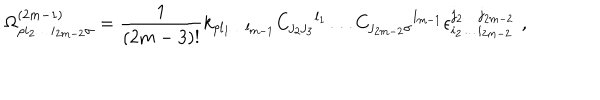
LaTeX: \Omega _ { \rho i _ { 2 } \ldots i _ { 2 m - 2 } \sigma } ^ { ( 2 m - 1 ) } = { \frac { 1 } { ( 2 m - 3 ) ! } } k _ { \rho l _ { 1 } \ldots l _ { m - 1 } } { C _ { j _ { 2 } j _ { 3 } } } ^ { l _ { 1 } } \ldots { C _ { j _ { 2 m - 2 } \sigma } } ^ { l _ { m - 1 } } \epsilon _ { i _ { 2 } \ldots i _ { 2 m - 2 } } ^ { j _ { 2 } \ldots j _ { 2 m - 2 } } \, \, ,